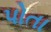
પોતા